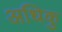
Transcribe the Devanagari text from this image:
अधिकु